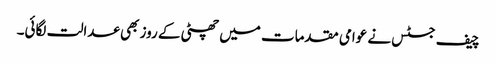
چیف جسٹس نے عوامی مقدمات میں چھٹی کے روز بھی عدالت لگائی۔